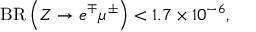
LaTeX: { \mathrm { B R } } \left( Z \to e ^ { \mp } \mu ^ { \pm } \right) < 1 . 7 \times 1 0 ^ { - 6 } ,